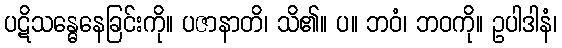
ပဋိသန္ဓေနေခြင်းကို။ ပဇာနာတိ၊ သိ၏။ ပ။ ဘဝံ၊ ဘဝကို။ ဥပါဒါနံ၊